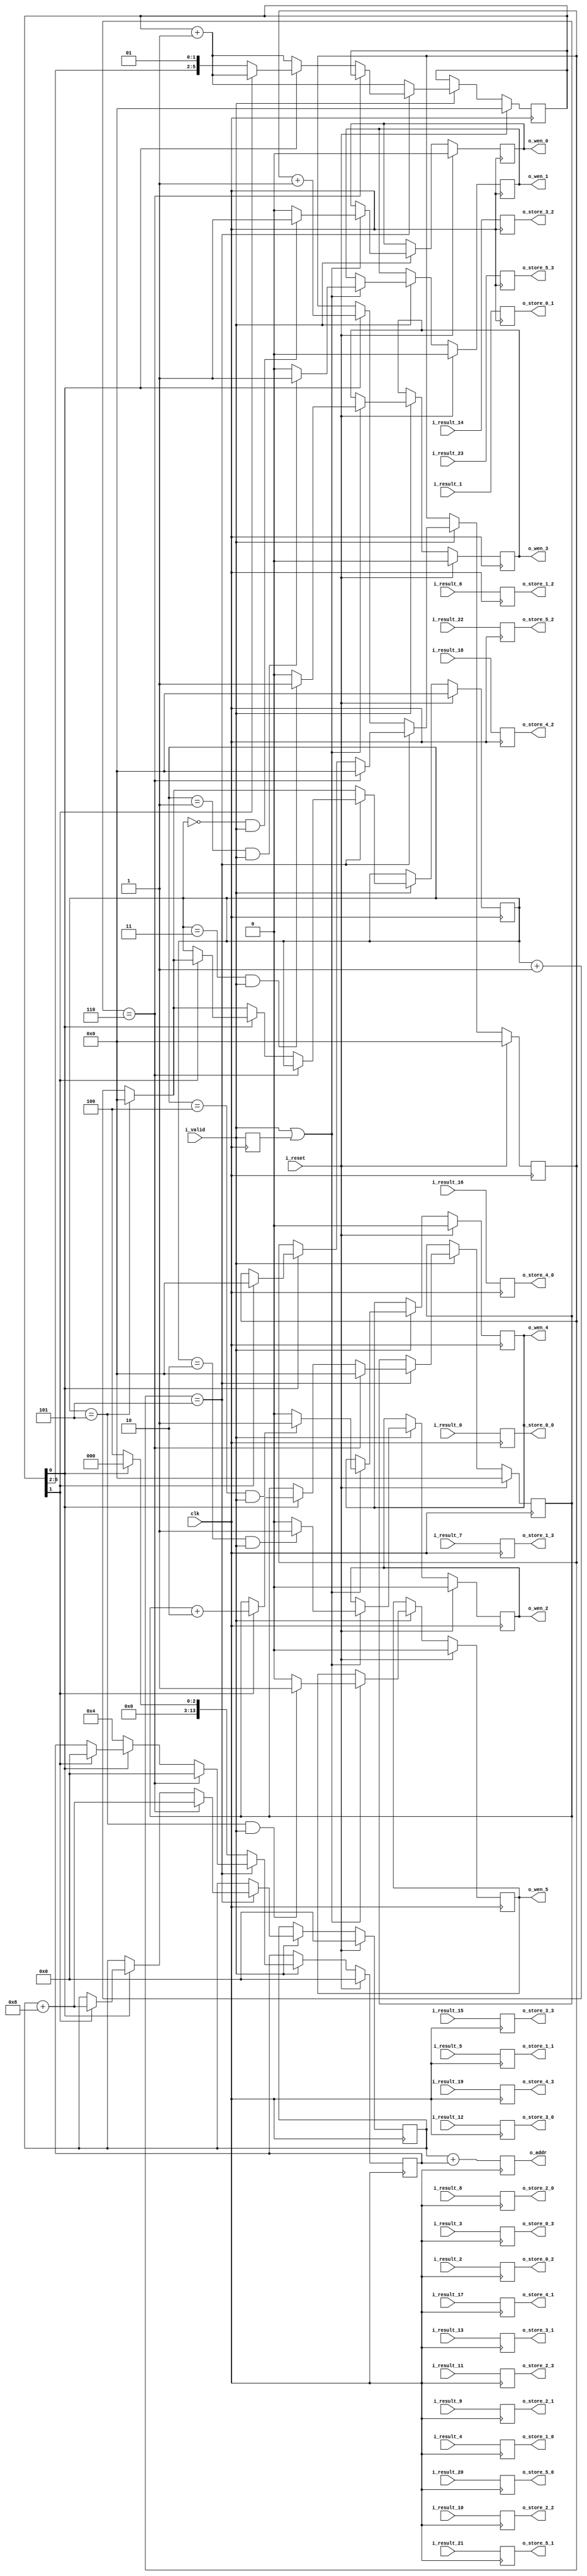
`define SIMULATION_MEMORY

module store_output (
	input clk,
	input i_valid,
	input i_reset,
	input [15:0] i_result_0,
	input [15:0] i_result_1,
	input [15:0] i_result_2,
	input [15:0] i_result_3,
	input [15:0] i_result_4,
	input [15:0] i_result_5,
	input [15:0] i_result_6,
	input [15:0] i_result_7,
	input [15:0] i_result_8,
	input [15:0] i_result_9,
	input [15:0] i_result_10,
	input [15:0] i_result_11,
	input [15:0] i_result_12,
	input [15:0] i_result_13,
	input [15:0] i_result_14,
	input [15:0] i_result_15,
	input [15:0] i_result_16,
	input [15:0] i_result_17,
	input [15:0] i_result_18,
	input [15:0] i_result_19,
	input [15:0] i_result_20,
	input [15:0] i_result_21,
	input [15:0] i_result_22,
	input [15:0] i_result_23,
	output [15:0] o_store_0_0,
	output [15:0] o_store_0_1,
	output [15:0] o_store_0_2,
	output [15:0] o_store_0_3,
	output [15:0] o_store_1_0,
	output [15:0] o_store_1_1,
	output [15:0] o_store_1_2,
	output [15:0] o_store_1_3,
	output [15:0] o_store_2_0,
	output [15:0] o_store_2_1,
	output [15:0] o_store_2_2,
	output [15:0] o_store_2_3,
	output [15:0] o_store_3_0,
	output [15:0] o_store_3_1,
	output [15:0] o_store_3_2,
	output [15:0] o_store_3_3,
	output [15:0] o_store_4_0,
	output [15:0] o_store_4_1,
	output [15:0] o_store_4_2,
	output [15:0] o_store_4_3,
	output [15:0] o_store_5_0,
	output [15:0] o_store_5_1,
	output [15:0] o_store_5_2,
	output [15:0] o_store_5_3,
	output o_wen_0,
	output o_wen_1,
	output o_wen_2,
	output o_wen_3,
	output o_wen_4,
	output o_wen_5,
	output [13:0] o_addr
);

reg wen_0;
reg wen_1;
reg wen_2;
reg wen_3;
reg wen_4;
reg wen_5;
reg [13:0] base_addr;
reg [13:0] offset;
reg [5:0] count;
reg [5:0] count_to_wvec;
reg [5:0] count_x;
reg [5:0] count_y;
reg valid;
reg [15:0] buffer_reg_0;
reg [15:0] buffer_reg_1;
reg [15:0] buffer_reg_2;
reg [15:0] buffer_reg_3;
reg [15:0] buffer_reg_4;
reg [15:0] buffer_reg_5;
reg [15:0] buffer_reg_6;
reg [15:0] buffer_reg_7;
reg [15:0] buffer_reg_8;
reg [15:0] buffer_reg_9;
reg [15:0] buffer_reg_10;
reg [15:0] buffer_reg_11;
reg [15:0] buffer_reg_12;
reg [15:0] buffer_reg_13;
reg [15:0] buffer_reg_14;
reg [15:0] buffer_reg_15;
reg [15:0] buffer_reg_16;
reg [15:0] buffer_reg_17;
reg [15:0] buffer_reg_18;
reg [15:0] buffer_reg_19;
reg [15:0] buffer_reg_20;
reg [15:0] buffer_reg_21;
reg [15:0] buffer_reg_22;
reg [15:0] buffer_reg_23;
reg [13:0] addr_reg;

wire [5:0] count_div_two;
assign count_div_two = count >> 1;
always @ (posedge clk) begin
	valid <= i_valid;
	buffer_reg_0 <= i_result_0;
	buffer_reg_1 <= i_result_1;
	buffer_reg_2 <= i_result_2;
	buffer_reg_3 <= i_result_3;
	buffer_reg_4 <= i_result_4;
	buffer_reg_5 <= i_result_5;
	buffer_reg_6 <= i_result_6;
	buffer_reg_7 <= i_result_7;
	buffer_reg_8 <= i_result_8;
	buffer_reg_9 <= i_result_9;
	buffer_reg_10 <= i_result_10;
	buffer_reg_11 <= i_result_11;
	buffer_reg_12 <= i_result_12;
	buffer_reg_13 <= i_result_13;
	buffer_reg_14 <= i_result_14;
	buffer_reg_15 <= i_result_15;
	buffer_reg_16 <= i_result_16;
	buffer_reg_17 <= i_result_17;
	buffer_reg_18 <= i_result_18;
	buffer_reg_19 <= i_result_19;
	buffer_reg_20 <= i_result_20;
	buffer_reg_21 <= i_result_21;
	buffer_reg_22 <= i_result_22;
	buffer_reg_23 <= i_result_23;
	addr_reg <= base_addr + offset;
	if (i_reset) begin
		count <= 0;
		count_to_wvec <= 0;
		base_addr <= 0;
		offset <= 0;
		count_x <= 0;
		count_y <= 0;
		wen_0 <= 1'b0;
		wen_1 <= 1'b0;
		wen_2 <= 1'b0;
		wen_3 <= 1'b0;
		wen_4 <= 1'b0;
		wen_5 <= 1'b0;
	end else if (i_valid) begin
		if (count_x == 5) begin
			if(count_y == 6)begin
				base_addr <= base_addr + 8;
				count_y <= 0;
				count_x <= 0;
				offset <= 0;
			end else begin
				if(count[0] == 1'b0) begin
					offset <= 4;
					count <= count + 1'b1;
					if(count_to_wvec == 5) begin
						count_to_wvec <= 0;
					end else begin
						count_to_wvec <= count_to_wvec + 1'b1;
					end
				end else if (count[1] == 1'b1) begin
					offset <= 0;
					base_addr <= base_addr + 8;
					count_x <= 0;
					count_y <= count_y + 2;
					count <= count + 1'b1;
					if(count_to_wvec == 5) begin
						count_to_wvec <= 0;
					end else begin
						count_to_wvec <= count_to_wvec + 1'b1;
					end
				end
			end
		end else if(count[0] == 1'b0) begin
			offset <= 4;
			count <= count + 1'b1;
			if(count_to_wvec == 5) begin
				count_to_wvec <= 0;
			end else begin
				count_to_wvec <= count_to_wvec + 1'b1;
			end
		end else if (count[0] == 1'b1) begin
			offset <= 0;
			count <= count + 1'b1;
			if(count_to_wvec == 5) begin
				count_to_wvec <= 0;
			end else begin
				count_to_wvec <= count_to_wvec + 1'b1;
			end
			count_x <= count_x + 1'b1;
		end
		if ((i_valid || valid) == 1'b1) begin
			if ((count_to_wvec == 0) && i_valid == 1) begin
				wen_0 <= 1'b1;
			end else begin
				wen_0 <= 1'b0;
			end
			if ((count_to_wvec == 1) && i_valid == 1) begin
				wen_1 <= 1'b1;
			end else begin
				wen_1 <= 1'b0;
			end
			if ((count_to_wvec == 2) && i_valid == 1) begin
				wen_2 <= 1'b1;
			end else begin
				wen_2 <= 1'b0;
			end
			if ((count_to_wvec == 3) && i_valid == 1) begin
				wen_3 <= 1'b1;
			end else begin
				wen_3 <= 1'b0;
			end
			if ((count_to_wvec == 4) && i_valid == 1) begin
				wen_4 <= 1'b1;
			end else begin
				wen_4 <= 1'b0;
			end
			if ((count_to_wvec == 5) && i_valid == 1) begin
				wen_5 <= 1'b1;
			end else begin
				wen_5 <= 1'b0;
			end
		end
	end
end

assign o_addr = addr_reg;
assign o_store_0_0 = buffer_reg_0;
assign o_store_1_0 = buffer_reg_4;
assign o_store_2_0 = buffer_reg_8;
assign o_store_3_0 = buffer_reg_12;
assign o_store_4_0 = buffer_reg_16;
assign o_store_5_0 = buffer_reg_20;
assign o_store_0_1 = buffer_reg_1;
assign o_store_1_1 = buffer_reg_5;
assign o_store_2_1 = buffer_reg_9;
assign o_store_3_1 = buffer_reg_13;
assign o_store_4_1 = buffer_reg_17;
assign o_store_5_1 = buffer_reg_21;
assign o_store_0_2 = buffer_reg_2;
assign o_store_1_2 = buffer_reg_6;
assign o_store_2_2 = buffer_reg_10;
assign o_store_3_2 = buffer_reg_14;
assign o_store_4_2 = buffer_reg_18;
assign o_store_5_2 = buffer_reg_22;
assign o_store_0_3 = buffer_reg_3;
assign o_store_1_3 = buffer_reg_7;
assign o_store_2_3 = buffer_reg_11;
assign o_store_3_3 = buffer_reg_15;
assign o_store_4_3 = buffer_reg_19;
assign o_store_5_3 = buffer_reg_23;

assign o_wen_0 = wen_0;
assign o_wen_1 = wen_1;
assign o_wen_2 = wen_2;
assign o_wen_3 = wen_3;
assign o_wen_4 = wen_4;
assign o_wen_5 = wen_5;

endmodule